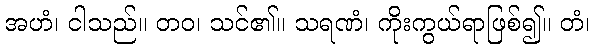
အဟံ၊ ငါသည်။ တဝ၊ သင်၏။ သရဏံ၊ ကိုးကွယ်ရာဖြစ်၍။ တံ၊